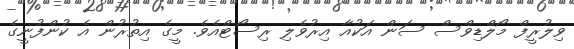
ވިލުރީފް މޯލްޑިވްސް ސަން އަކުއާ އިރުވެލި ރިސޯޓްއެވެ. މީގެ އިތުރުން އެ ކުންފުނީގެ